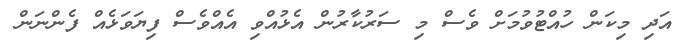
އަދި މިކަން ހުއްޓުވުމަށް ވެސް މި ސަރުކާރުން އެޅުއްވި އެއްވެސް ފިޔަވަޅެއް ފެންނަން